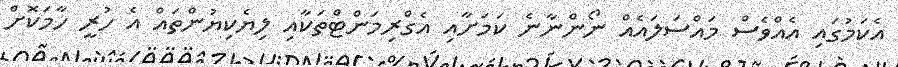
އެކަމުގައި އެއްވެސް މައްސަލައެއް ނޯންނާނެ ކަމަށާއި އެގްރިމަންޓްތަކާއި ލިޔެކިޔުންތައް އެ ހުރީ ހާމަކޮށް